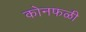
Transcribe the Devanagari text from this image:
कोनफळी